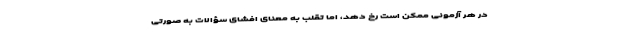
در هر آزمونی ممکن است رخ دهد، اما تقلب به معنای افشای سؤالات به صورتی